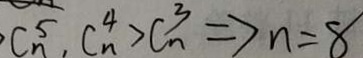
C _ { n } ^ { 5 } , C _ { n } ^ { 4 } > C _ { n } ^ { 3 } \Rightarrow n = 8